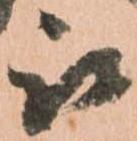
被